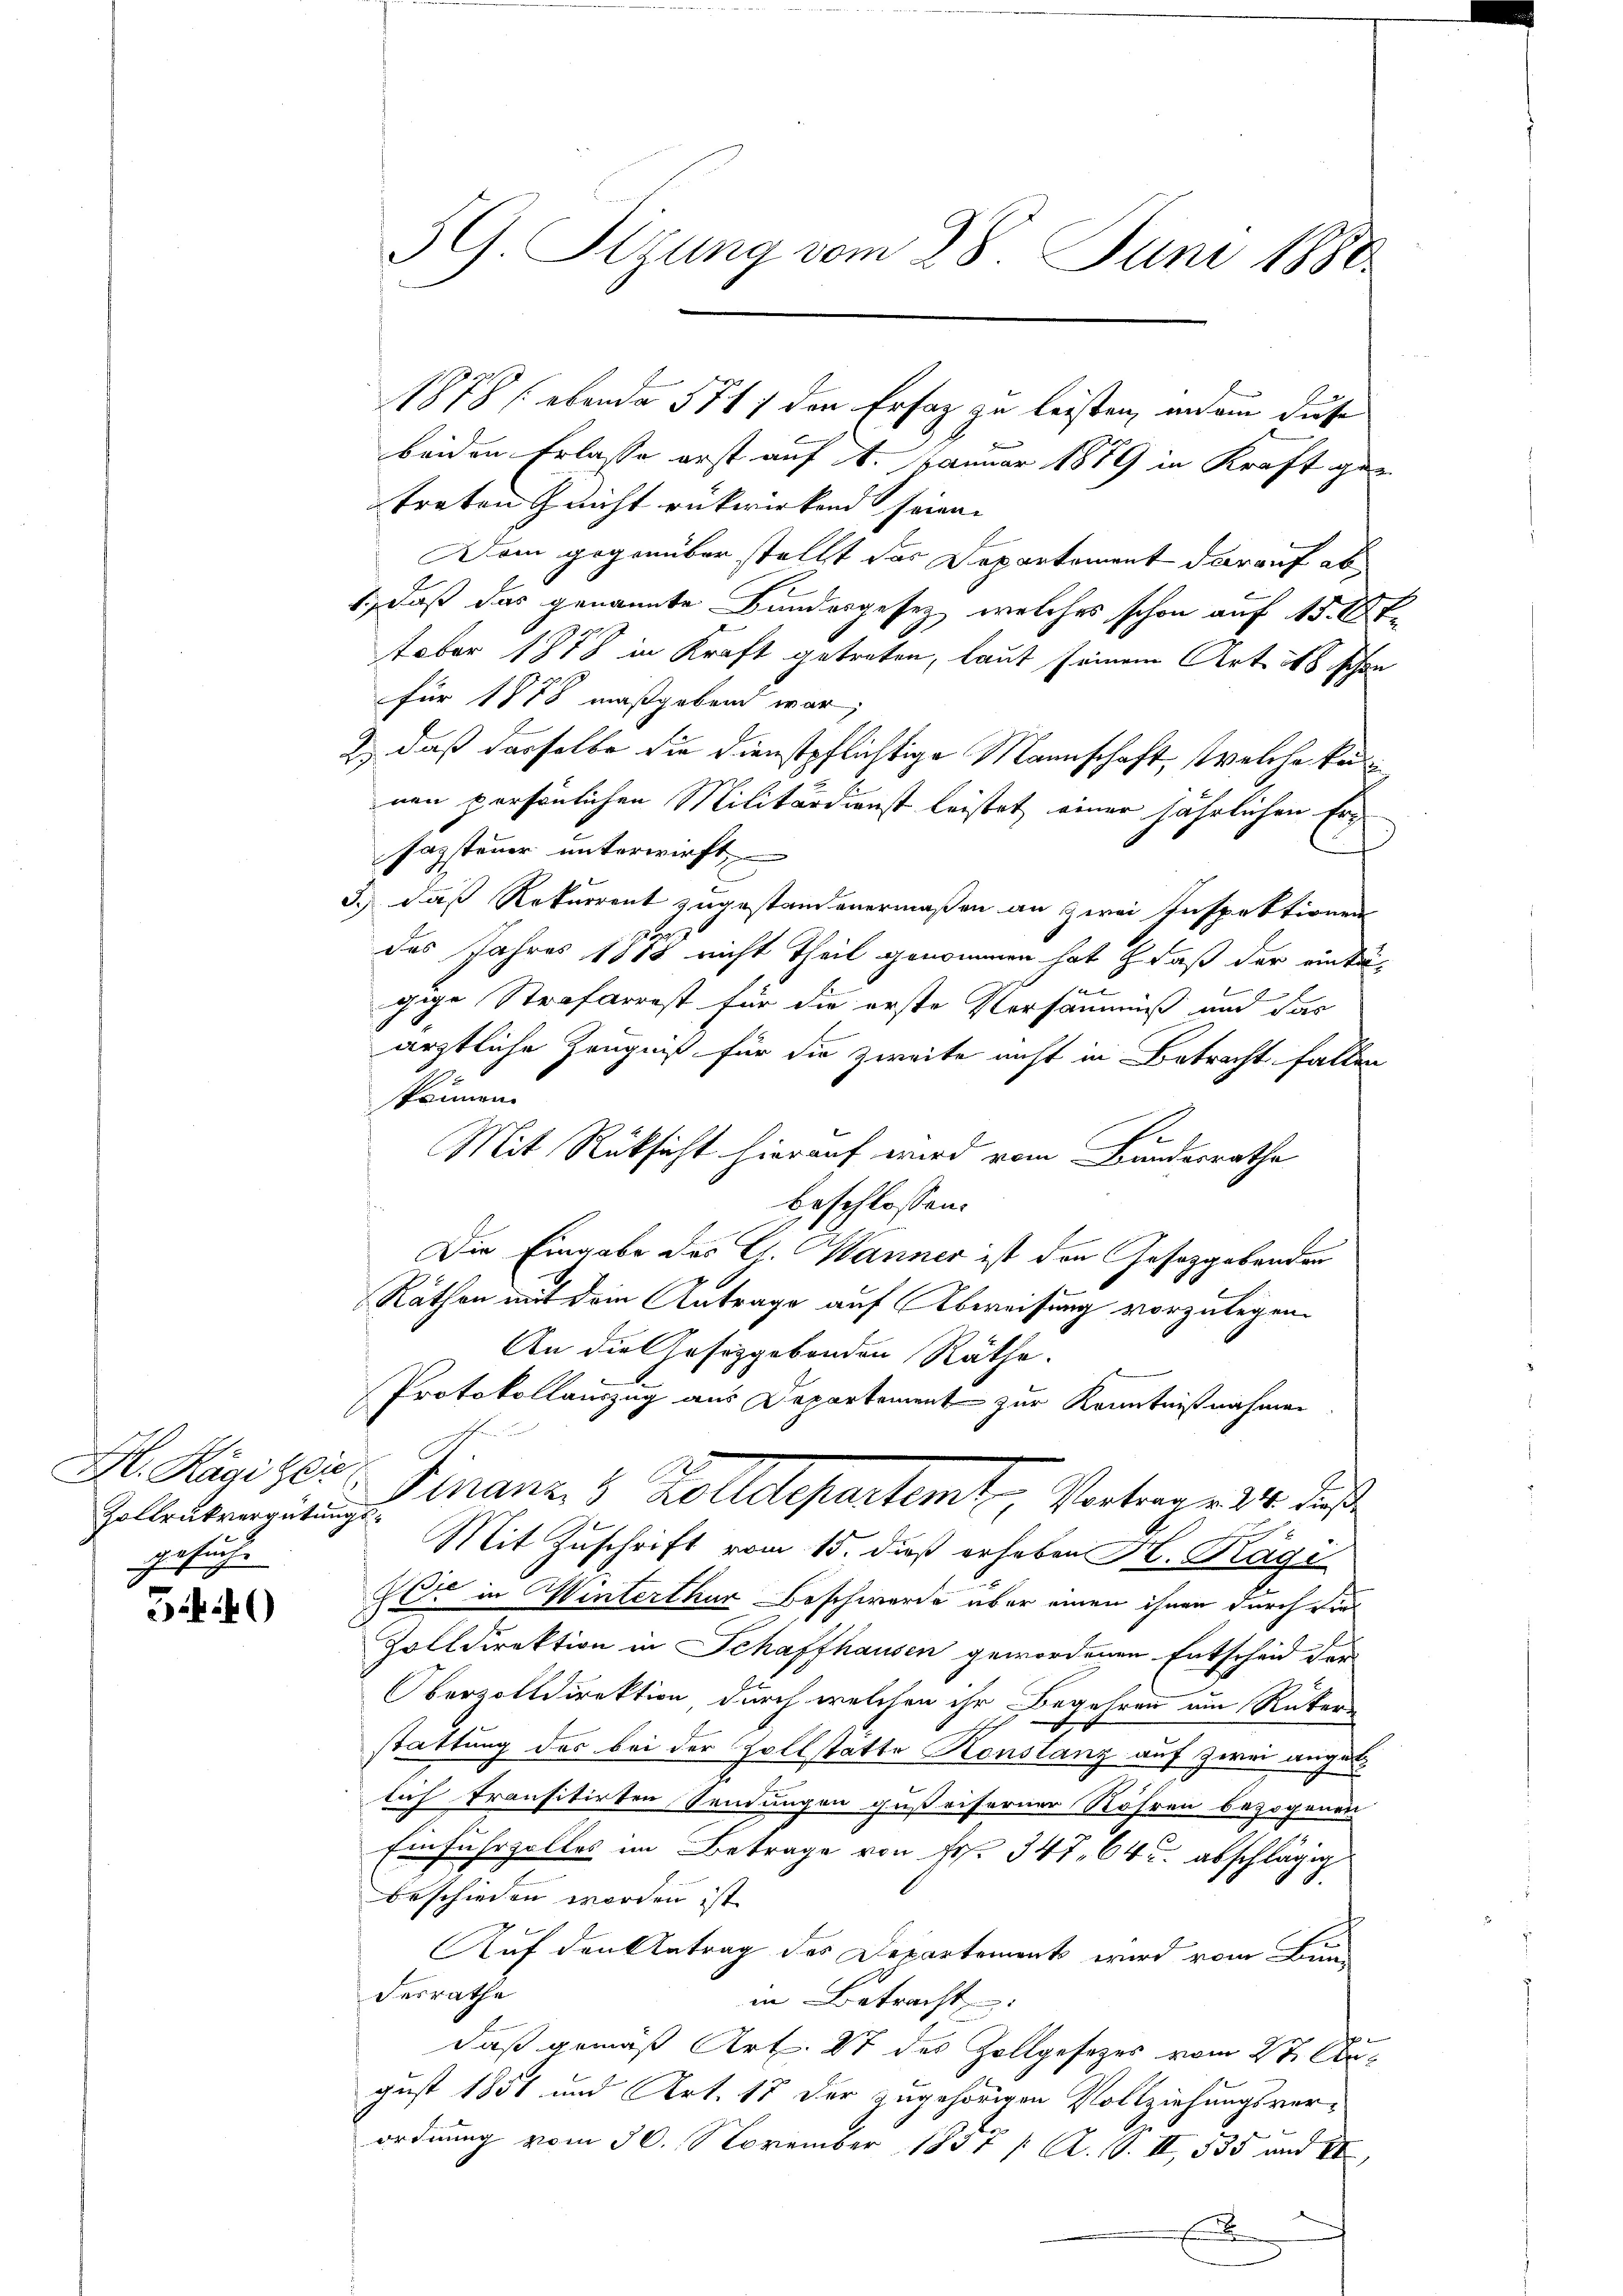
H. Kägi zei
Zollrükvergütungsetur.
6

546)

beiden Erlasse erst auf 1. Januar 1879 in Kraft getraten Zeicht rükwirkend seien.
Dem gegenüber stellt das Departement darauf ab
1.) Daß das genannte Bundesgesetz, welches schon auf 150 f
tober 1878 in Kraft getreten, laut seinem Art. 268 schon
für 1878 maßgebend war;
2.) daß dasselbe die Dienstpflichtige Mannschaft, welche ke
nen persönlichen Militärdienst leistet einer jährlichen Erg
sagsteuer unterwirft
3.) daß Rekurrent zugestandenermaßen an zwei Inspektionen
e
des Jahres 1818 nicht Theil genommen hat, daß der eintä-
gige Strafarrest für die erste Versäumniß und das
ärztliche Zeugniß für die zweite nicht in Betracht fallen
können.
Mit Rüksicht hierauf wird vom Bundesrathe
beschlossen:
Die Eingabe des C. Wanner ist den Gesetzgebenden
Räthen mit dem Antrage auf Abweisung vorzulegen.
An die Gesetzgebenden Räthe.
Protokollauszug aus Departement zur Kenntnißnahmen
Finanz. 3. Kellelesentamt, Vertrage 12. des
Mit Zuschrift vom 15. dieß erheben H. Kägi
r in Winterthur Beschwerde über einen ihnen durch viel
Zolldirektion in Schaffhausen gewordenen Entscheid der
Oberzolldirektion durch welchen ihr Begehren am Rükers
stattung des bei der Zollstatte Konstanz auf zwei anget
lich transitirten Sendungen gußeiserner Röhren bezogenen
Einfuhrzolles im Betrage von Fr. 347. 64 u. abschlägig
beschieden worden ist.
Auf den Antrag der Departement wird vom Bundesrathe
in Betracht
.
daß gemäß Art. 87 des Zollgesetzes vom 27. Apgust 1851 und Art. 15 der zugehörigen Vollziehungsverordnung vom 30. November 1857 / A. S. II 535 und VI.
E

G. Sizung vom 28. Juni 1880

1878 / ebende 571 7 den Erfag zu leisten, indem diese